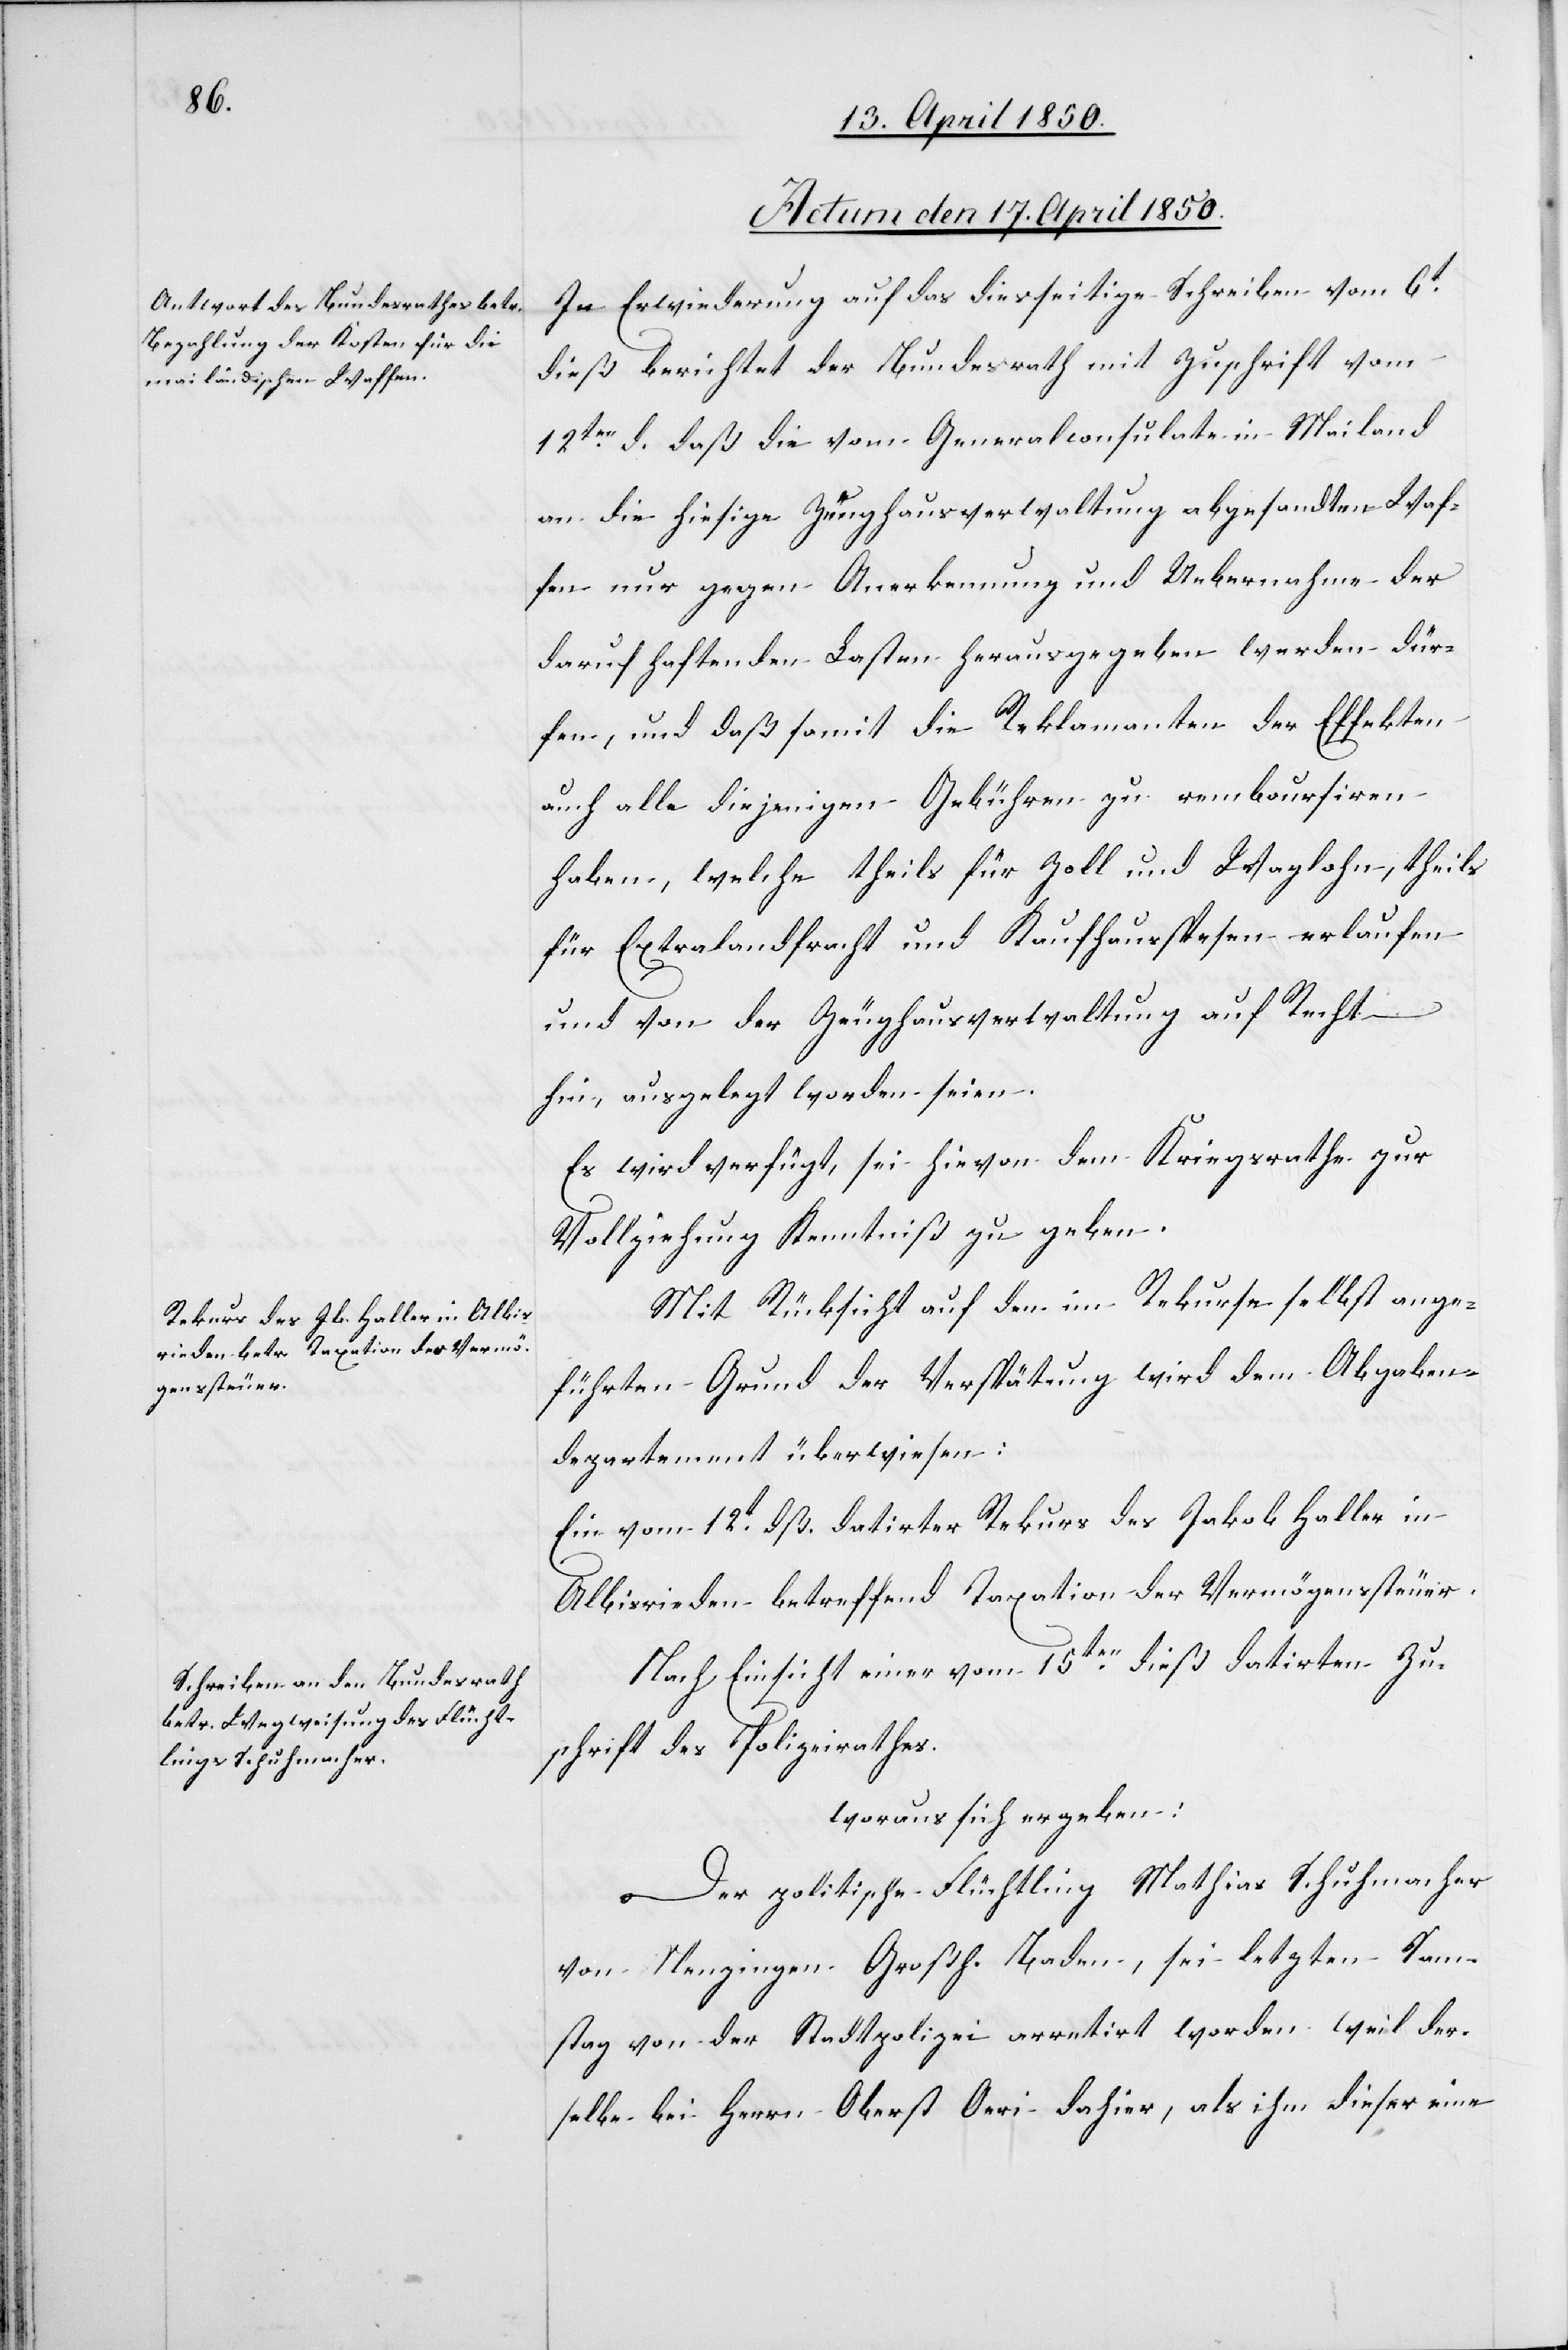
Actum den 17. April 1850.]
In Erwiederung auf das diesseitige Schreiben vom 6t
dieß berichtet der Bundesrath mit Zuschrift vom
12ten d. daß die vom Generalconsulate in Mailand
an die hiesige Zeughausverwaltung abgesandten Waf¬
fen nur gegen Anerkennung und Uebernahme der
dar[a]uf haftenden Lasten herausgegeben werden dür¬
fen, und daß somit die Reklamanten der Effekten
auch alle diejenigen Gebühren zu remboursiren
haben, welche theils für Zoll und Waglohn, theils
für Extralandfracht und Kaufhausspesen erlaufen
und von der Zeughausverwaltung auf Recht
hin, ausgelegt worden seien.
Es wird verfügt, sei hievon dem Kriegsrathe zur
Vollziehung Kenntniß zu geben.
Mit Rücksicht auf den im Rekurse selbst ange¬
führten Grund der Verspätung wird dem Abgaben¬
departement überwiesen:
Ein vom 12t dß. datirter Rekurs des Jakob Haller in
Albisrieden betreffend Taxation der Vermögenssteuer.
Nach Einsicht einer vom 15ten dieß datirten Zu¬
schrift des Polizeirathes.
woraus sich ergeben:
Der politische Flüchtling Mathias Schuhmacher
von Menzingen Großh. Baden, sei letzten Sam¬
stag von der Stadtpolizei arretirt worden weil der¬
selbe bei Herrn Oberst Oeri dahier, als ihm dieser eine